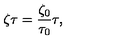
\zeta \tau = \frac { \zeta _ { 0 } } { \tau _ { 0 } } \tau ,